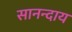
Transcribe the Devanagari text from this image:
सानन्दाय